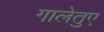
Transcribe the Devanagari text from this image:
गालेतुए